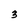
Character: 3